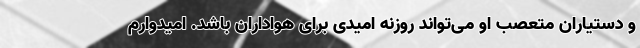
و دستیاران متعصب او می‌تواند روزنه امیدی برای هواداران باشد. امیدوارم